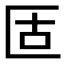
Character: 𠤳